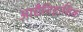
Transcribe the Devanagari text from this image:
आद्यैतिहासिक